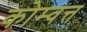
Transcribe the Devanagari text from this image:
कोम्वत्त